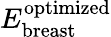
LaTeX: E_{\mathrm{breast}}^{\mathrm{optimized}}